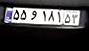
۵۵و۱۸۱۵۳